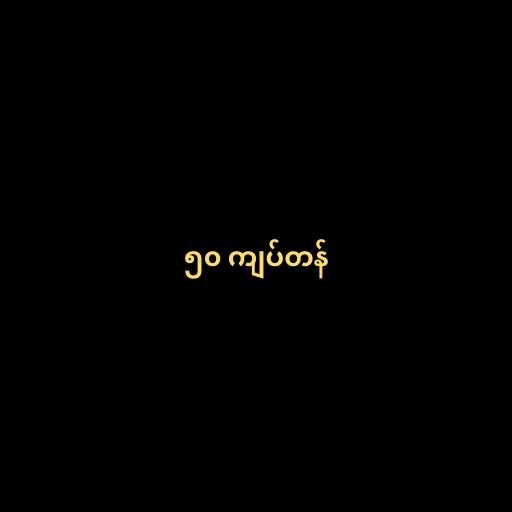
၅၀ ကျပ်တန်